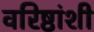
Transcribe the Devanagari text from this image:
वरिष्ठांशी